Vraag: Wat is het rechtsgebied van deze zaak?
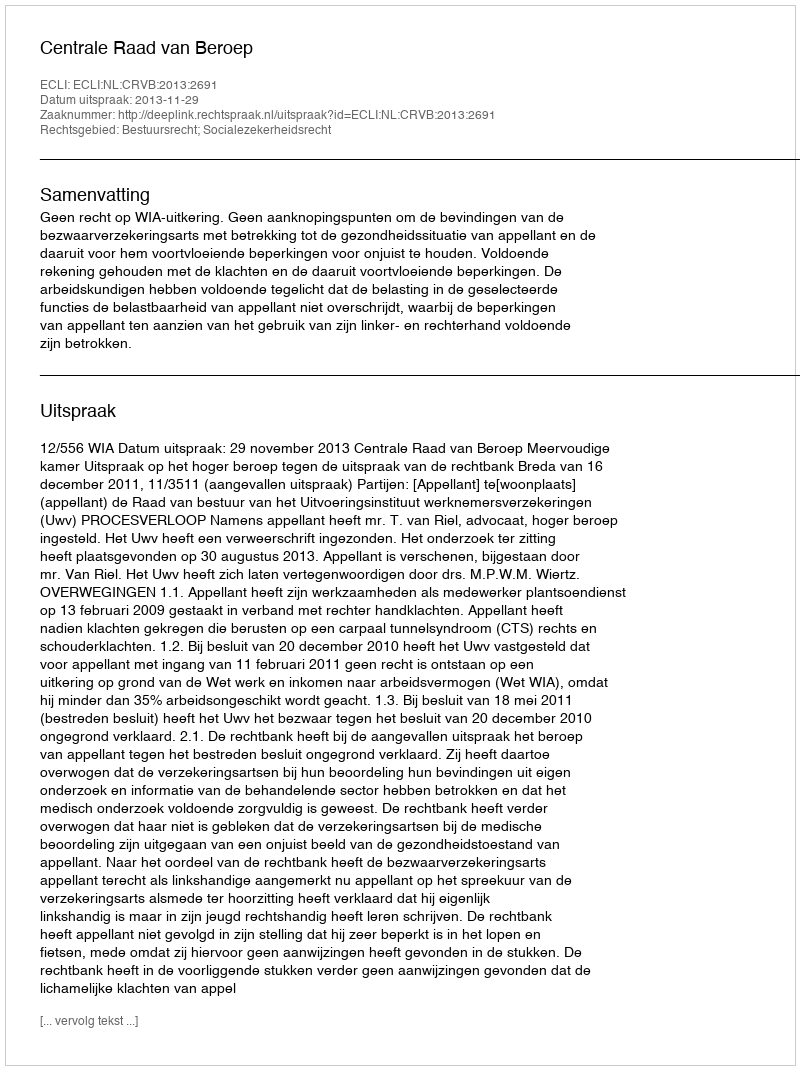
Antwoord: Bestuursrecht; Socialezekerheidsrecht